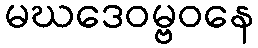
မဃဒေဝမ္ဗဝနေ